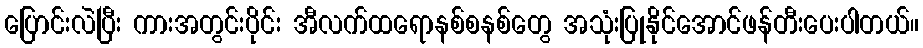
ပြောင်းလဲပြီး ကားအတွင်းပိုင်း အီလက်ထရောနစ်စနစ်တွေ အသုံးပြုနိုင်အောင်ဖန်တီးပေးပါတယ်။